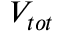
V _ { t o t }